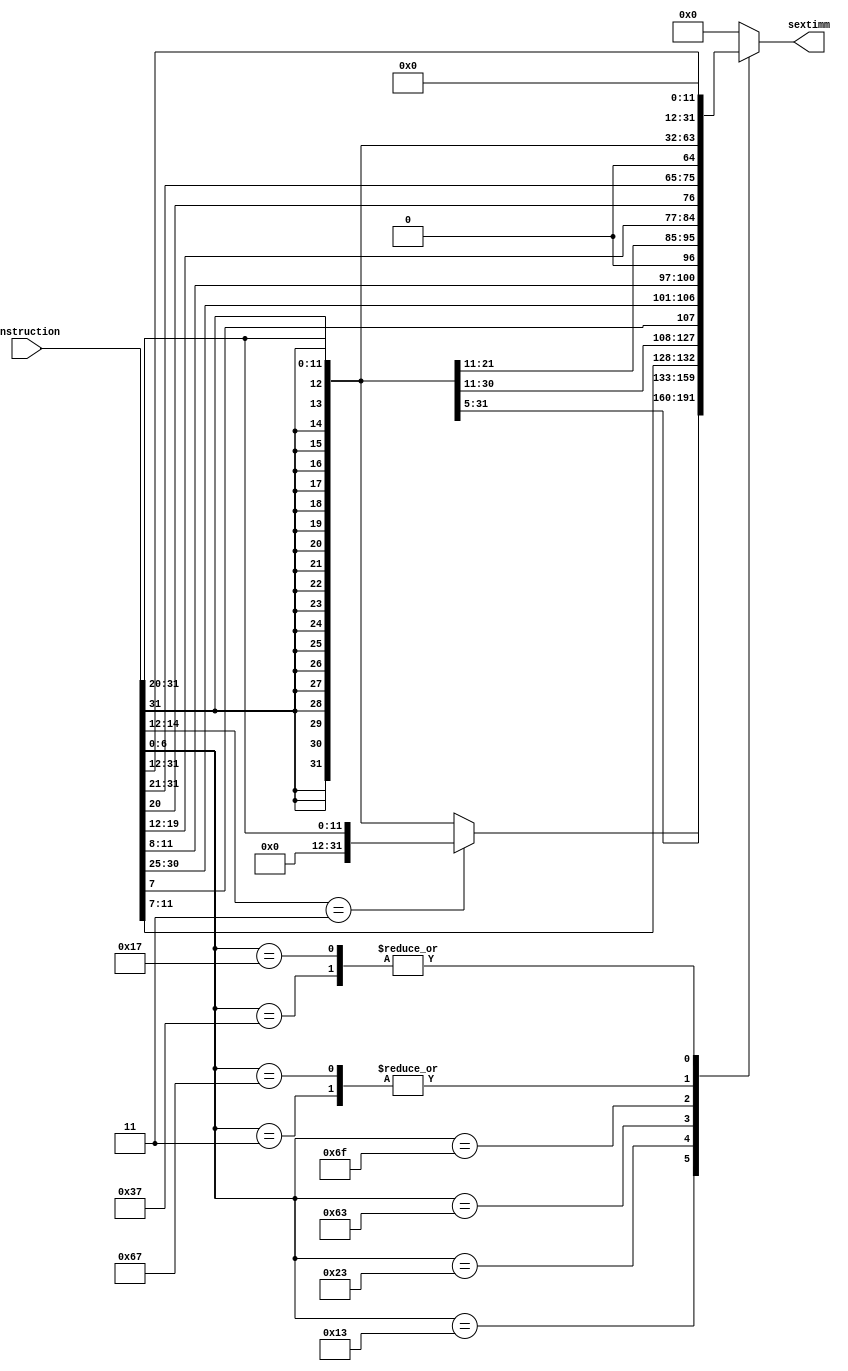
// immediate_generator.v

module immediate_generator #(
  parameter DATA_WIDTH = 32
)(
  input [DATA_WIDTH-1:0] instruction,

  output reg [DATA_WIDTH-1:0] sextimm
);

wire [6:0] opcode;
assign opcode = instruction[6:0];

always @(*) begin
  case (opcode)
    //////////////////////////////////////////////////////////////////////////
    // TODO : Generate sextimm using instruction
    7'b0010011: // I-type
      case(instruction[14:12])
        3'h3: sextimm = instruction[31:20]; // sltiu
        default: sextimm = $signed(instruction[31:20]); 
      endcase
    7'b0000011: sextimm = $signed(instruction[31:20]); //Load
    7'b0100011: sextimm = $signed({instruction[31:25], instruction[11:7]}); //Store
    7'b1100011: sextimm = $signed({instruction[31], instruction[7], instruction[30:25], instruction[11:8], 1'b0}); //Branch
    7'b1101111: sextimm = $signed({instruction[31], instruction[19:12], instruction[20], instruction[31:21], 1'b0}); //JAL
    7'b1100111: sextimm = $signed({instruction[31:20]}); //JALR
    7'b0110111: sextimm = instruction[31:12] << 12;
    7'b0010111: sextimm = instruction[31:12] << 12;
    //////////////////////////////////////////////////////////////////////////
    default:    sextimm = 32'h0000_0000;
  endcase
end


endmodule